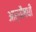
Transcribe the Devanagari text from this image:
आर्यौषधी